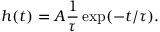
h ( t ) = A \frac { 1 } { \tau } \exp ( - t / \tau ) .